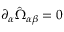
\partial _ { \alpha } \hat { \Omega } _ { \alpha \beta } = 0